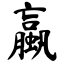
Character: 蠃